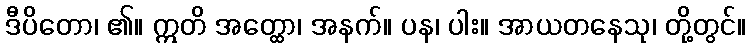
ဒီပိတော၊ ၏။ ဣတိ အတ္ထော၊ အနက်။ ပန၊ ပါး။ အာယတနေသု၊ တို့တွင်။